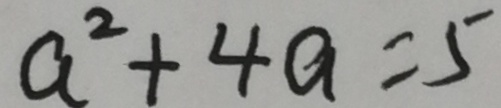
a ^ { 2 } + 4 a = 5